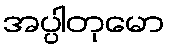
အပ္ပါတုမော